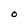
Character: O